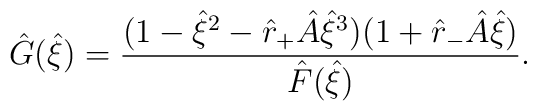
\hat{G}(\hat{\xi}) =\frac{(1-\hat{\xi}^2- \hat{r}_+\hat{A} \hat{\xi}^3)(1+\hat{r}_-\hat{A}\hat{\xi}) }{\hat{F}(\hat{\xi})}.